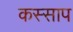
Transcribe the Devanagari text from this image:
कस्साप